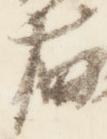
右